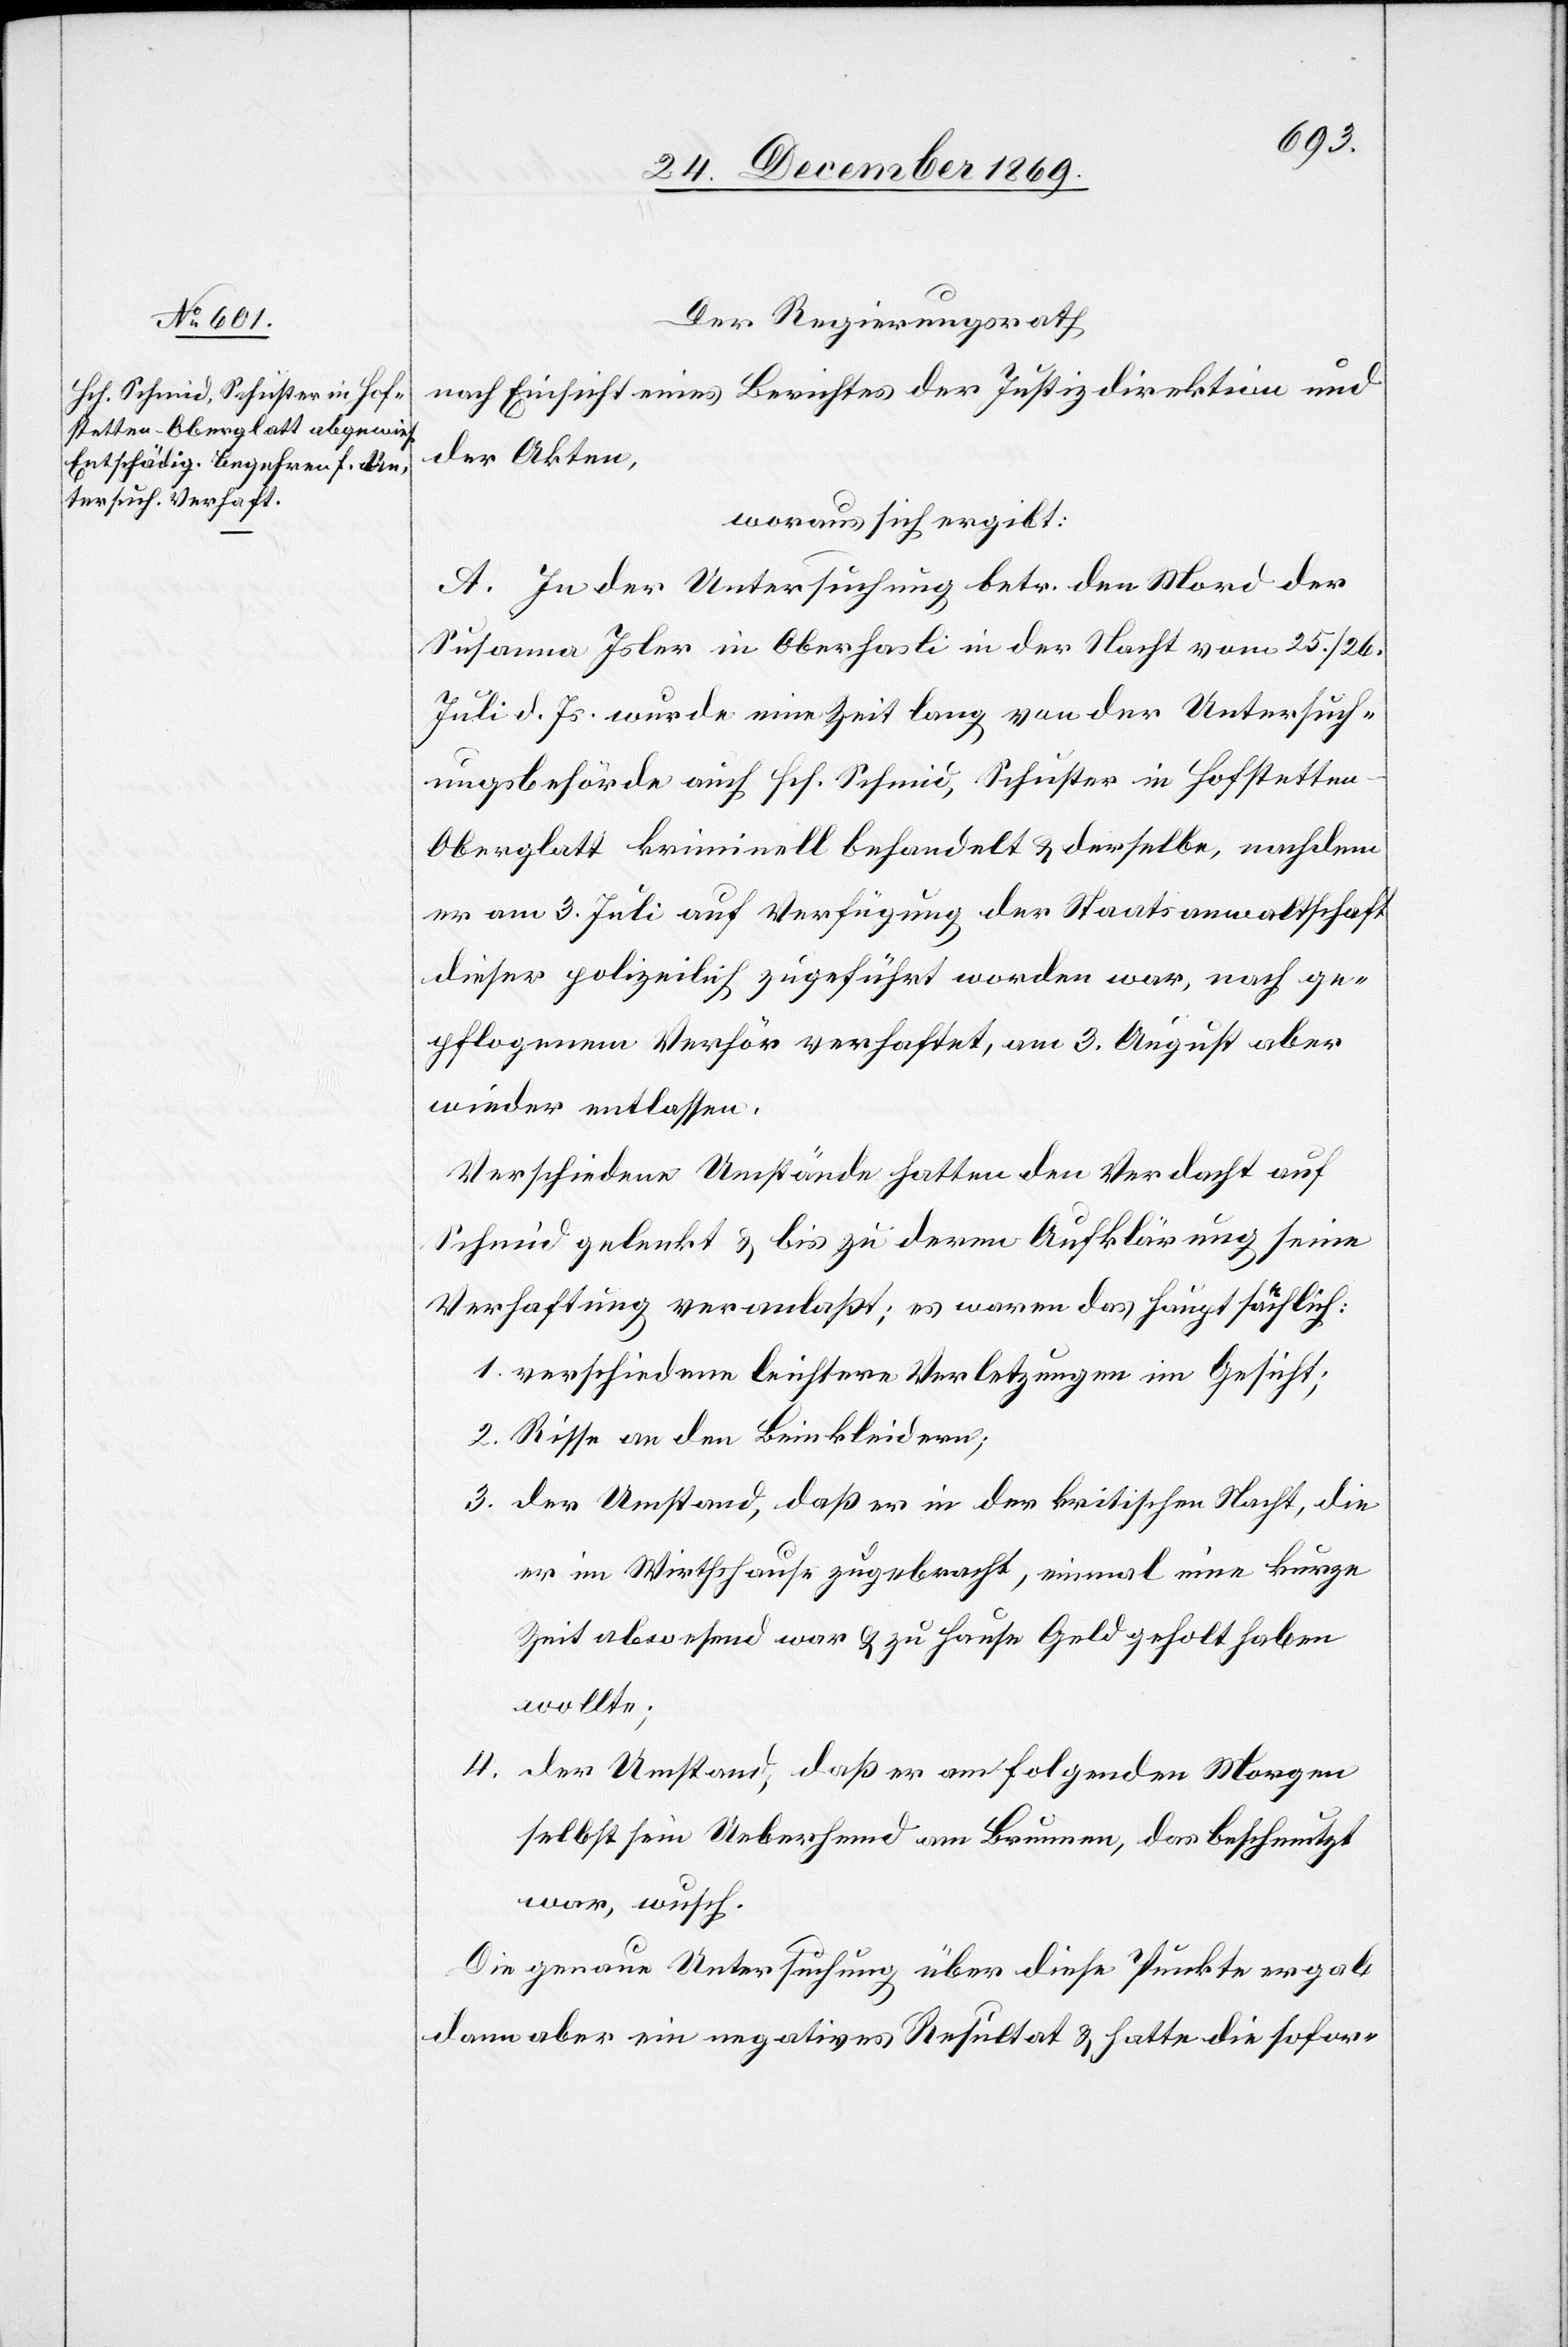
Der Regierungsrath
nach Einsicht eines Berichtes der Justizdirektion und
der Akten,
woraus sich ergibt:
A. In der Untersuchung betr. den Mord der
Susanna Isler in Oberhasli in der Nacht vom 25./26.
Juli d. Js. wurde eine Zeit lang von der Untersuch¬
ungsbehörde auch Hch. Schmid, Schuster in Hofstetten
Oberglatt kriminell behandelt & derselbe, nachdem
er am 3. Juli auf Verfügung der Staatsanwaltschaft
dieser polizeilich zugeführt worden war, nach ge¬
pflogenem Verhör verhaftet, am 3. August aber
wieder entlassen.
Verschiedene Umstände hatten den Verdacht auf
Schmid gelenkt & bis zu deren Aufklärung seine
Verhaftung veranlaßt; es waren das hauptsächlich:
verschiedene leichtere Verletzungen im Gesicht;
Risse an den Beinkleidern;
der Umstand, daß er in der kritischen Nacht, die
er im Wirthshause zugebracht, einmal eine kurze
Zeit abwesend war & zu Hause Geld geholt haben
wollte;
der Umstand, daß er am folgenden Morgen
selbst sein Ueberhemd am Brunnen, das beschmutzt
war, wusch.
Die genaue Untersuchung über diese Punkte ergab
dann aber ein negatives Resultat & hatte die sofor-